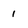
Character: 1